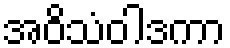
အဝိသံဝါဒကာ